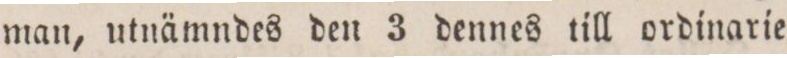
man, utnämndes den 3 dennes till ordinarie